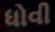
ધોવી